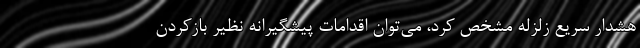
هشدار سریع زلزله مشخص کرد، می‌توان اقدامات پیشگیرانه نظیر بازکردن